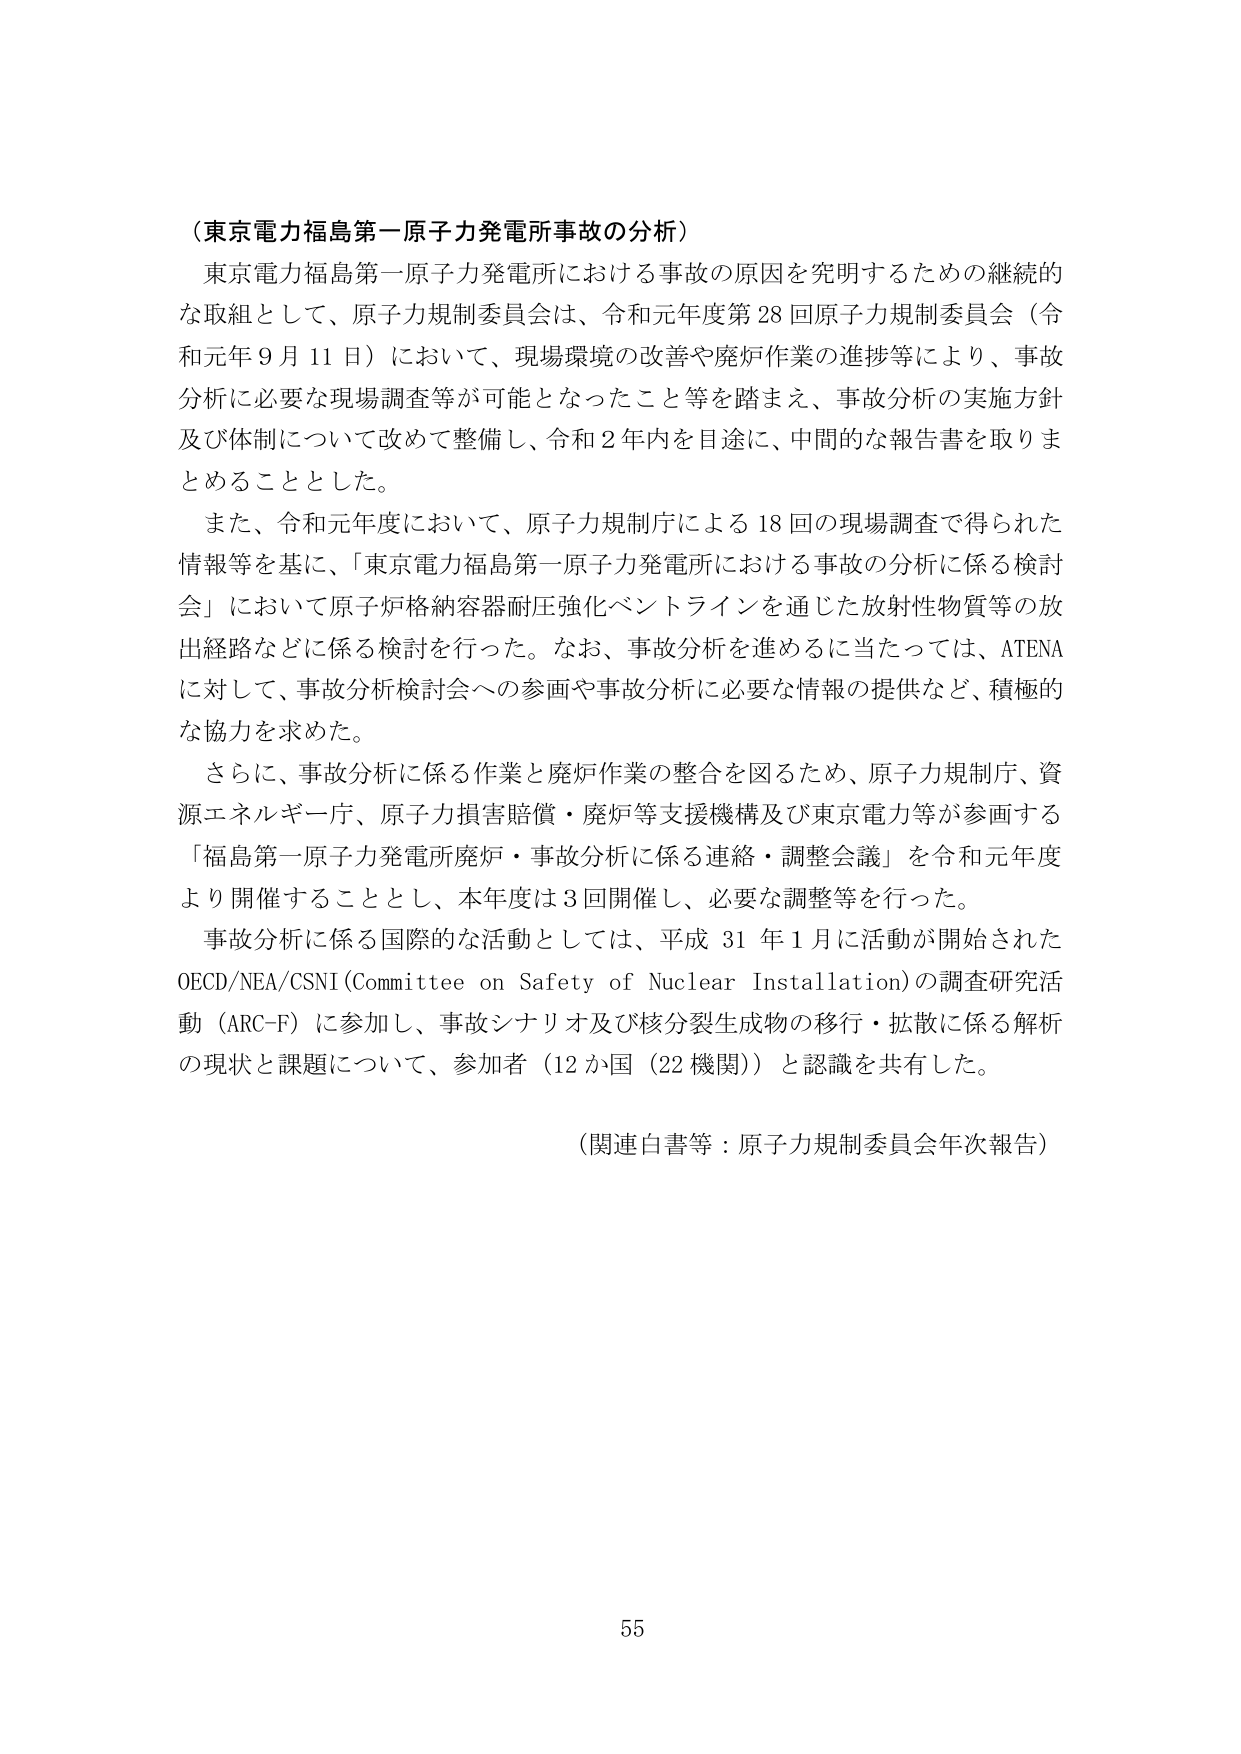
（東京電力福島第一原子力発電所事故の分析）

東京電力福島第一原子力発電所における事故の原因を究明するための継続的な取組として、原子力規制委員会は、令和元年度第28回原子力規制委員会（令和元年9月11日）において、現場環境の改善や廃炉作業の進捗等により、事故分析に必要な現場調査等が可能となったこと等を踏まえ、事故分析の実施方針及び体制について改めて整備し、令和2年内を目途に、中間的な報告書を取りまとめる thingとした。

また、令和元年度において、原子力規制庁による18回の現場調査で得られた情報等を基に、「東京電力福島第一原子力発電所における事故の分析に係る検討会」において原子炉格納容器耐圧強化ベントラインを通じた放射性物質等の放出経路などに係る検討を行った。なお、事故分析を進めるに当たっては、ATENAに対して、事故分析検討会への参画や事故分析に必要な情報の提供など、積極的な協力を求めた。

さらに、事故分析に係る作業と廃炉作業の整合を図るため、原子力規制庁、資源エネルギー庁、原子力損害賠償・廃炉等支援機構及び東京電力等が参画する「福島第一原子力発電所廃炉・事故分析に係る連絡・調整会議」を令和元年度より開催することとし、本年度は3回開催し、必要な調整等を行った。

事故分析に係る国際的な活動としては、平成31年1月に活動が開始されたOECD/NEA/CSNI（Committee on Safety of Nuclear Installation）の調査研究活動（ARC-F）に参加し、事故シナリオ及び核分裂生成物の移行・拡散に係る解析の現状と課題について、参加者（12か国（22機関））と認識を共有した。

（関連白書等：原子力規制委員会年次報告）

55